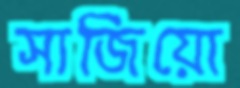
সাজিয়ো